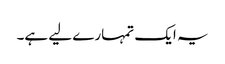
یہ ایک تمہارے لیے ہے۔